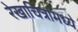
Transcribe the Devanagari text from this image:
रेखाचित्रांमध्ये